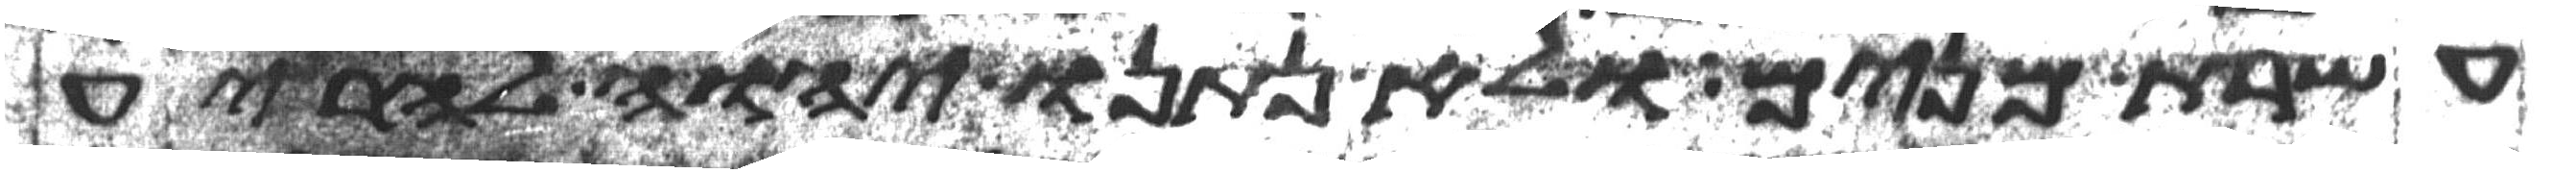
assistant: עשרת מנים ולא נתנו יהוה להריע